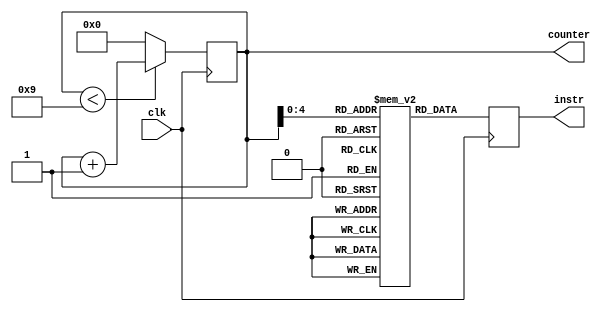
module fetch(output reg [31:0] instr,
             output reg [31:0] counter,
             input             clk);
   reg [31:0] instr_mem [31:0];
   // integer    counter;

   initial begin
    // feeding initial values into the memory for decoding
      instr_mem[0] = 32'b000000_00010_01101_01001_00000_100000;
      instr_mem[1] = 32'b000000_00011_01001_01101_00000_100000;
      instr_mem[2] = 32'b000000_01010_01101_00001_00000_100000;
      instr_mem[3] = 32'b000000_01010_00001_11001_00000_100000;
      instr_mem[4] = 32'b000000_00000_01101_01011_00000_100000;
      instr_mem[5] = 32'b000000_01010_10101_01001_00000_100000;
      instr_mem[6] = 32'b000000_00010_10001_00001_00000_100000;
      instr_mem[7] = 32'b000000_10000_10000_10000_00000_100000;
      instr_mem[8] = 32'b000000_00011_11000_01100_00000_100000;
      instr_mem[9] = 32'b000000_11111_01100_01111_00000_100000;
    
    // initializing counter to 0
      counter = 0;
   end

   always @(posedge clk) begin
    // fetching the instruction from instruction memory
      instr = instr_mem[counter];
      
    // updating counter - similar to PC. Value incremented after
    // instruction is fetched from instruction memory
      if (counter < 9)
        counter = counter + 1;
      else
        counter = 0;
        
    // displaying the fetched instruction and its corresponding
    // index in the memory
    // $display("(:instr-fetch (:counter %d :instr %d))", counter == 0 ? 9 : counter - 1, instr);
   end
endmodule // fetch

// module tb_fetch;
//    wire [31:0] instr;
//    wire [31:0] counter;
//    reg         clk;
// 
//    fetch m0(instr, counter, clk);
// 
//    initial begin
//       clk = 0;
// 
//       #20 $finish;
//    end
// 
//    always #1 clk = ~clk;
// endmodule